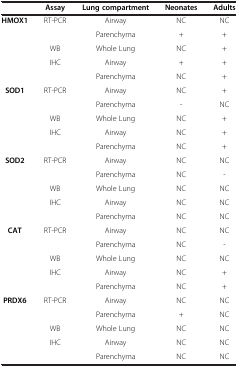
<table><thead><tr><td><b> </b></td><td><b>Assay</b></td><td><b>Lung compartment</b></td><td><b>Neonates</b></td><td><b>Adults</b></td></tr></thead><tbody><tr><td rowspan="5"><b>HMOX1</b></td><td>RT-PCR</td><td>Airway</td><td>NC</td><td>NC</td></tr><tr><td> </td><td>Parenchyma</td><td>+</td><td>+</td></tr><tr><td>WB</td><td>Whole Lung</td><td>NC</td><td>+</td></tr><tr><td>IHC</td><td>Airway</td><td>+</td><td>+</td></tr><tr><td> </td><td>Parenchyma</td><td>NC</td><td>+</td></tr><tr><td rowspan="5"><b>SOD1</b></td><td>RT-PCR</td><td>Airway</td><td>NC</td><td>+</td></tr><tr><td> </td><td>Parenchyma</td><td>-</td><td>NC</td></tr><tr><td>WB</td><td>Whole Lung</td><td>NC</td><td>+</td></tr><tr><td>IHC</td><td>Airway</td><td>NC</td><td>+</td></tr><tr><td> </td><td>Parenchyma</td><td>NC</td><td>+</td></tr><tr><td rowspan="5"><b>SOD2</b></td><td>RT-PCR</td><td>Airway</td><td>NC</td><td>NC</td></tr><tr><td> </td><td>Parenchyma</td><td>NC</td><td>-</td></tr><tr><td>WB</td><td>Whole Lung</td><td>NC</td><td>NC</td></tr><tr><td>IHC</td><td>Airway</td><td>NC</td><td>NC</td></tr><tr><td> </td><td>Parenchyma</td><td>NC</td><td>NC</td></tr><tr><td rowspan="5"><b>CAT</b></td><td>RT-PCR</td><td>Airway</td><td>NC</td><td>NC</td></tr><tr><td> </td><td>Parenchyma</td><td>NC</td><td>-</td></tr><tr><td>WB</td><td>Whole Lung</td><td>NC</td><td>NC</td></tr><tr><td>IHC</td><td>Airway</td><td>NC</td><td>+</td></tr><tr><td> </td><td>Parenchyma</td><td>NC</td><td>+</td></tr><tr><td rowspan="4"><b>PRDX6</b></td><td>RT-PCR</td><td>Airway</td><td>NC</td><td>NC</td></tr><tr><td> </td><td>Parenchyma</td><td>+</td><td>NC</td></tr><tr><td>WB</td><td>Whole Lung</td><td>NC</td><td>NC</td></tr><tr><td>IHC</td><td>Airway</td><td>NC</td><td>NC</td></tr><tr><td> </td><td> </td><td>Parenchyma</td><td>NC</td><td>NC</td></tr></tbody></table>